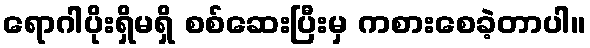
ရောဂါပိုးရှိမရှိ စစ်ဆေးပြီးမှ ကစားစေခဲ့တာပါ။